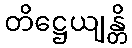
တိဋ္ဌေယျန္တိ